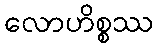
လောဟိစ္စဿ